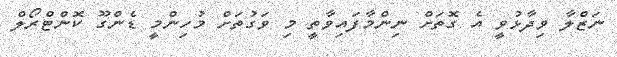
ނަޒްލާ ވިދާޅުވީ އެ ގޮތަށް ނިންމާފައިވާތީ މި ވަގުތަށް މުހިންމީ ޑެންގޫ ކޮންޓްރޯލް